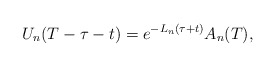
\begin{align*} U_{n}(T - \tau - t) = e^{-L_{n} (\tau + t)} A_{n}(T), \end{align*}